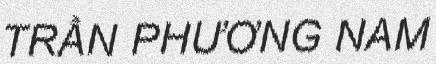
TRẦN PHƯƠNG NAM